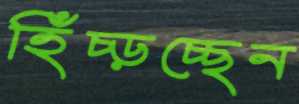
হিঁচ্‌ড়চ্ছেন